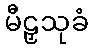
မီဠှသုခံ